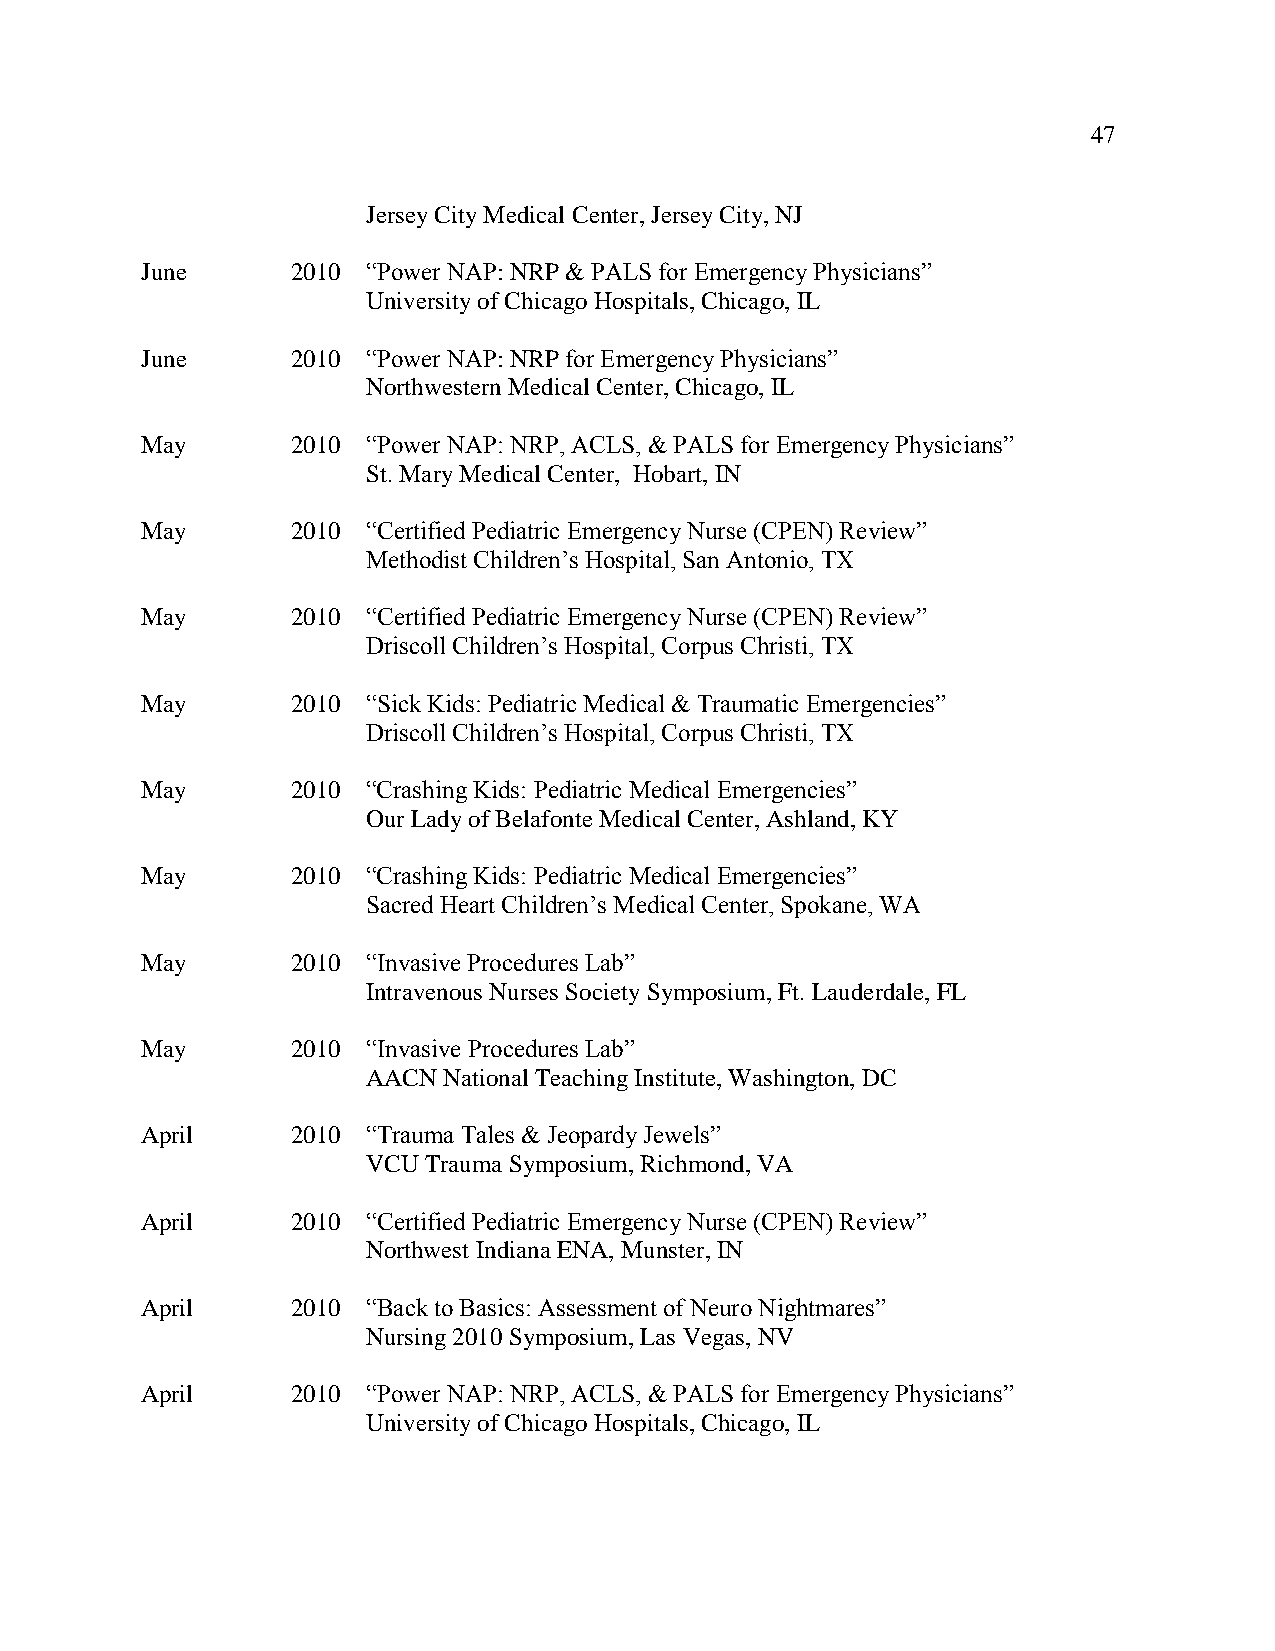
47
 Jersey City Medical Center, Jersey City, NJ
 June      2010 “Power NAP: NRP & PALS for Emergency Physicians”
 University of Chicago Hospitals, Chicago, IL
 June      2010 “Power NAP: NRP for Emergency Physicians”
 Northwestern Medical Center, Chicago, IL
 May       2010 “Power NAP: NRP, ACLS, & PALS for Emergency Physicians”
 St. Mary Medical Center, Hobart, IN
 May       2010 “Certified Pediatric Emergency Nurse (CPEN) Review”
 Methodist Children’s Hospital, San Antonio, TX
 May       2010 “Certified Pediatric Emergency Nurse (CPEN) Review”
 Driscoll Children’s Hospital, Corpus Christi, TX
 May       2010 “Sick Kids: Pediatric Medical & Traumatic Emergencies”
 Driscoll Children’s Hospital, Corpus Christi, TX
 May       2010 “Crashing Kids: Pediatric Medical Emergencies”
 Our Lady of Belafonte Medical Center, Ashland, KY
 May       2010 “Crashing Kids: Pediatric Medical Emergencies”
 Sacred Heart Children’s Medical Center, Spokane, WA
 May       2010 “Invasive Procedures Lab”
 Intravenous Nurses Society Symposium, Ft. Lauderdale, FL
 May       2010 “Invasive Procedures Lab”
 AACN National Teaching Institute, Washington, DC
 April     2010 “Trauma Tales & Jeopardy Jewels”
 VCU Trauma Symposium, Richmond, VA
 April     2010 “Certified Pediatric Emergency Nurse (CPEN) Review”
 Northwest Indiana ENA, Munster, IN
 April     2010 “Back to Basics: Assessment of Neuro Nightmares”
 Nursing 2010 Symposium, Las Vegas, NV
 April     2010 “Power NAP: NRP, ACLS, & PALS for Emergency Physicians”
 University of Chicago Hospitals, Chicago, IL